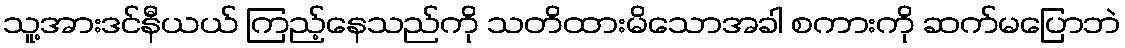
သူ့အားဒင်နီယယ် ကြည့်နေသည်ကို သတိထားမိသောအခါ စကားကို ဆက်မပြောဘဲ